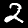
Label: 2